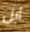
آبل